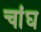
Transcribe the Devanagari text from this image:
चांघ